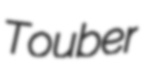
Touber